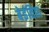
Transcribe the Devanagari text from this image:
बेइंतिहा